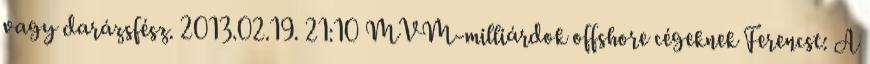
vagy darázsfész. 2013.02.19. 21:10 MVM-milliárdok offshore cégeknek Ferencst: A